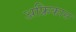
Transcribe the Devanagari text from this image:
अफ्रिकास